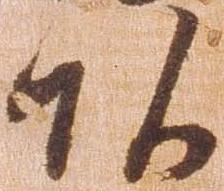
頭